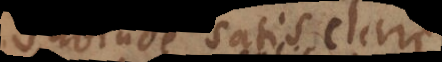
subinde satis clare